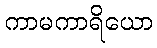
ကာမကာရိယော